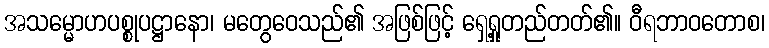
အသမ္မောဟပစ္စုပဋ္ဌာနော၊ မတွေဝေသည်၏ အဖြစ်ဖြင့် ရှေ့ရှုတည်တတ်၏။ ဝီရဘာဝတောစ၊